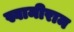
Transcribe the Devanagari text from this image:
स्वामीराम